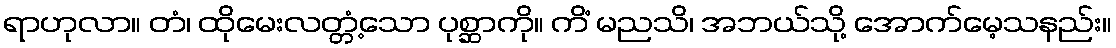
ရာဟုလာ။ တံ၊ ထိုမေးလတ္တံ့သော ပုစ္ဆာကို။ ကိံ မညသိ၊ အဘယ်သို့ အောက်မေ့သနည်း။